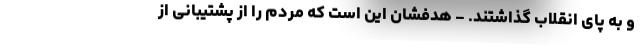
و به پای انقلاب گذاشتند. - هدفشان این است که مردم را از پشتیبانی از